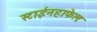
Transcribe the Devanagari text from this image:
स्टाईनहाफेलः